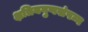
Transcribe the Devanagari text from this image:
क्षत्रियगुणसंपन्न